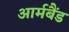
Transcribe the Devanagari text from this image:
आर्मबैंड